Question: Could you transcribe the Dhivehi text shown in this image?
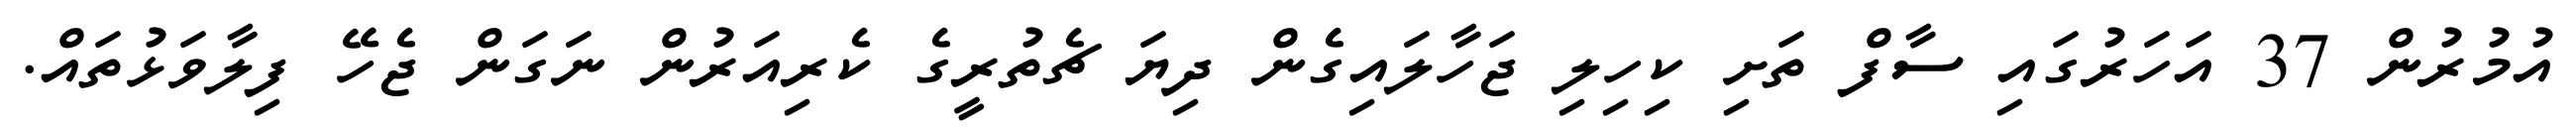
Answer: އުމުރުން 37 އަހަރުގައި ސާފް ތަށި ކިހިލި ޖަހާލައިގެން ދިޔަ ޗެތުރީގެ ކެރިއަރުން ނަގަން ޖެހޭ ފިލާވަޅުތައް.